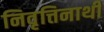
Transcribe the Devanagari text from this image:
निवृत्तिनाथी